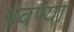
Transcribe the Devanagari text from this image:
पवण्या